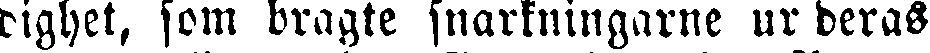
dighet, som bragte snarkningarne ur deras